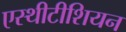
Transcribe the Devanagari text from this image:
एस्थीटीशियन